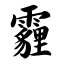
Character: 霾